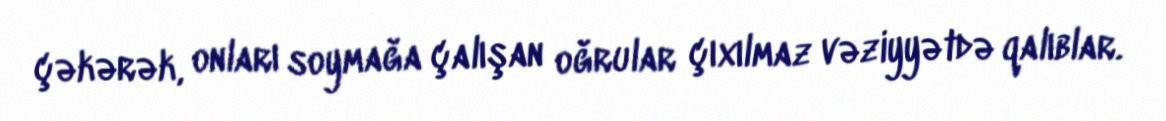
çəkərək, onları soymağa çalışan oğrular çıxılmaz vəziyyətdə qalıblar.